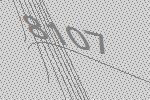
8107